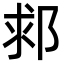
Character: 䣇